Annual administration report of the Civil Veterinary Department of India - 1895-1896
Year: 1895
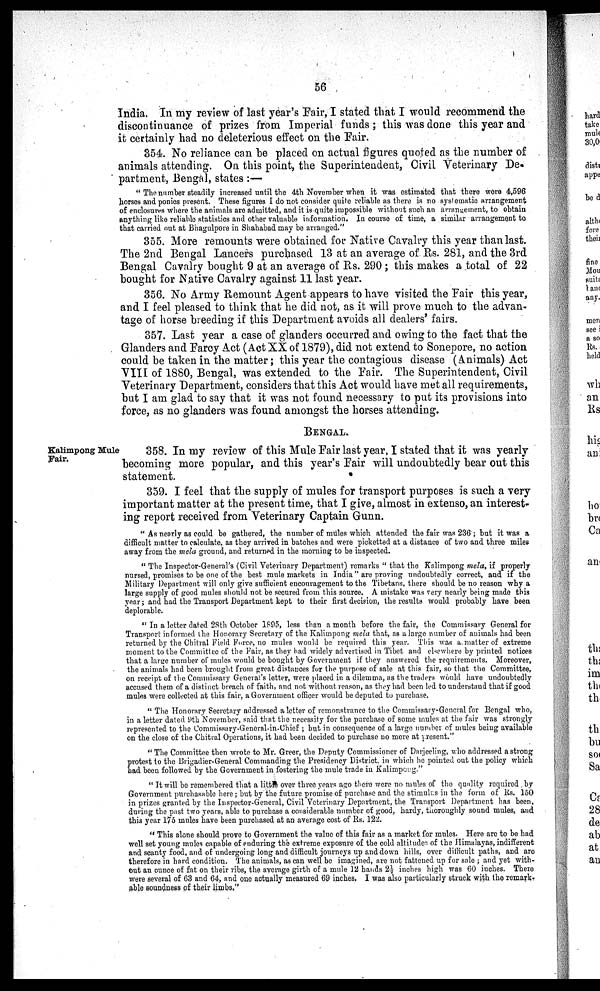
56
India. In my review of last year's Fair, I stated that I would recommend the
discontinuance of prizes from Imperial funds ; this was done this year and
it certainly had no deleterious effect on the Fair.
354. No reliance can be placed on actual figures quoted as the number of
animals attending. On this point, the Superintendent, Civil Veterinary De-
partment, Bengal, states:—
"The number steadily increased until the 4th November when it was estimated that there wore 4,596
horses and ponies present. These figures I do not consider quite reliable as there is no systematic arrangement
of enclosures where the animals are admitted, and it is quite impossible without such an arrangement, to obtain
anything like reliable statistics and other valuable information. In course of time, a similar arrangement to
that carried out at Bhagulpore in Shahabad may be arranged."
355. More remounts were obtained for Native Cavalry this year than last.
The 2nd Bengal Lancers purchased 13 at an average of Rs. 281, and the 3rd
Bengal Cavalry bought 9 at an average of Rs. 290 ; this makes a total of 22
bought for Native Cavalry against 11 last year.
356. No Army Remount Agent appears to have visited the Fair this year,
and I feel pleased to think that he did not, as it will prove much to the advan-
tage of horse breeding if this Department avoids all dealers' fairs.
357. Last year a case of glanders occurred and owing to the fact that the
Glanders and Farcy Act (Act XX of 1879), did not extend to Sonepore, no action
could be taken in the matter; this year the contagious disease (Animals) Act
VIII of 1880, Bengal, was extended to the Fair. The Superintendent, Civil
Veterinary Department, considers that this Act would have met all requirements,
but I am glad to say that it was not found necessary to put its provisions into
force, as no glanders was found amongst the horses attending.
BENGAL.
Kalimpong Mule
Fair.
358. In my review of this Mule Fair last year, I stated that it was yearly
becoming more popular, and this year's Fair will undoubtedly bear out this
statement.
359. I feel that the supply of mules for transport purposes is such a very
important matter at the present time, that I give, almost in extenso, an interest-
ing report received from Veterinary Captain Gunn.
"As nearly as could be gathered, the number of mules which attended the fair was 236; but it was a
difficult matter to calculate, as they arrived in batches and were picketted at a distance of two and three miles
away from the mela ground, and returned in the morning to be inspected.
"The Inspector-General's (Civil Veterinary Department) remarks " that the Kalimpong mela, if properly
nursed, promises to be one of the best mule markets in India" are proving undoubtedly correct, and if the
Military Department will only give sufficient encouragement to the Tibetans, there should be no reason why a
large supply of good mules should not be secured from this source. A mistake was very nearly being made this
year; and had the Transport Department kept to their first decision, the results would probably have been
deplorable.
"In a letter dated 28th October 1895, less than a month before the fair, the Commissary General for
Transport informed the Honorary Secretary of the Kalimpong mela that, as a large number of animals had been
returned by the Chitral Field Force, no mules would be required this year. This was a matter of extreme
moment to the Committee of the Fair, as they had widely advertised in Tibet and elsewhere by printed notices
that a large number of mules would be bought by Government if they answered the requirements. Moreover,
the animals had been brought from great distances for the purpose of sale at this fair, so that the Committee,
on receipt of the Commissary General's letter, were placed in a dilemma, as the traders would have undoubtedly
accused them of a distinct breach of faith, and not without reason, as they had been led to understand that if good
mules were collected at this fair, a Government officer would be deputed to purchase.
"The Honorary Secretary addressed a letter of remonstrance to the Commissary-General for Bengal who,
in a letter dated 9th November, said that the necessity for the purchase of some mules at the fair was strongly
represented to the Commissary-General-in-Chief ; but in consequence of a large number of mules being available
on the close of the Chitral Operations, it had been decided to purchase no more at present."
"The Committee then wrote to Mr. Greer, the Deputy Commissioner of Darjeeling, who addressed a strong
protest to the Brigadier-General Commanding the Presidency District in which he pointed out the policy which
had been followed by the Government in fostering the mule trade in Kalimpong."
"It will be remembered that a little over three years ago there were no mules of the quality required by
Government purchasable here; but by the future promise of purchase and the stimulus in the form of Rs. 150
in prizes granted by the Inspector-General, Civil Veterinary Department, the Transport Department has been,
during the past two years, able to purchase a considerable number of good, hardy, thoroughly sound mules, and
this year 175 mules have been purchased at an average cost of lis. 122.
"This alone should prove to Government the value of this fair as a market for mules. Here are to be had
well set young mules capable of enduring the extreme exposure of the cold altitudes of the Himalayas, indifferent
and scanty food, and of undergoing long and difficult journeys up and down hills, over difficult paths, and are
therefore in hard condition. The animals, as can well be imagined, are not fattened up for sale ; and yet with-
out an ounce of fat on their ribs, the average girth of a mule 12 hands 2½ inches high was 60 inches. There
were several of 63 and 64, and one actually measured 69 inches. I was also particularly struck with the remark-
able soundness of their limbs."